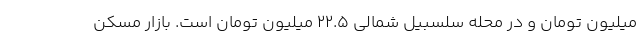
میلیون تومان و در محله سلسبیل شمالی ۲۲.۵ میلیون تومان است. بازار مسکن